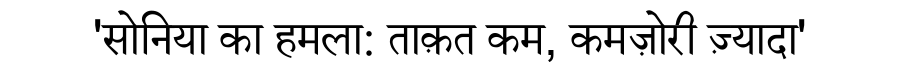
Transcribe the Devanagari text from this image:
'सोनिया का हमला: ताक़त कम, कमज़ोरी ज़्यादा'